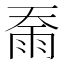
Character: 𮦇